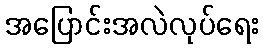
အပြောင်းအလဲလုပ်ရေး